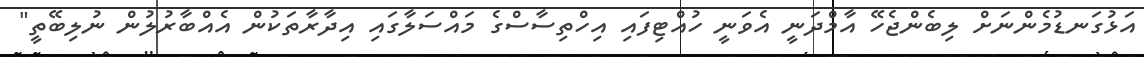
އަޅުގަނޑުމެންނަށް ލިބެންޖެހޭ އާމްދަނީ އެވަނީ ހުއްޓިފައި އިހްތިސާސްގެ މައްސަލާގައި އިދާރާތަކުން އެއްބާރުލުން ނުލިބޭތީ"